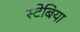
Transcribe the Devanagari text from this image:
स्टेबिया